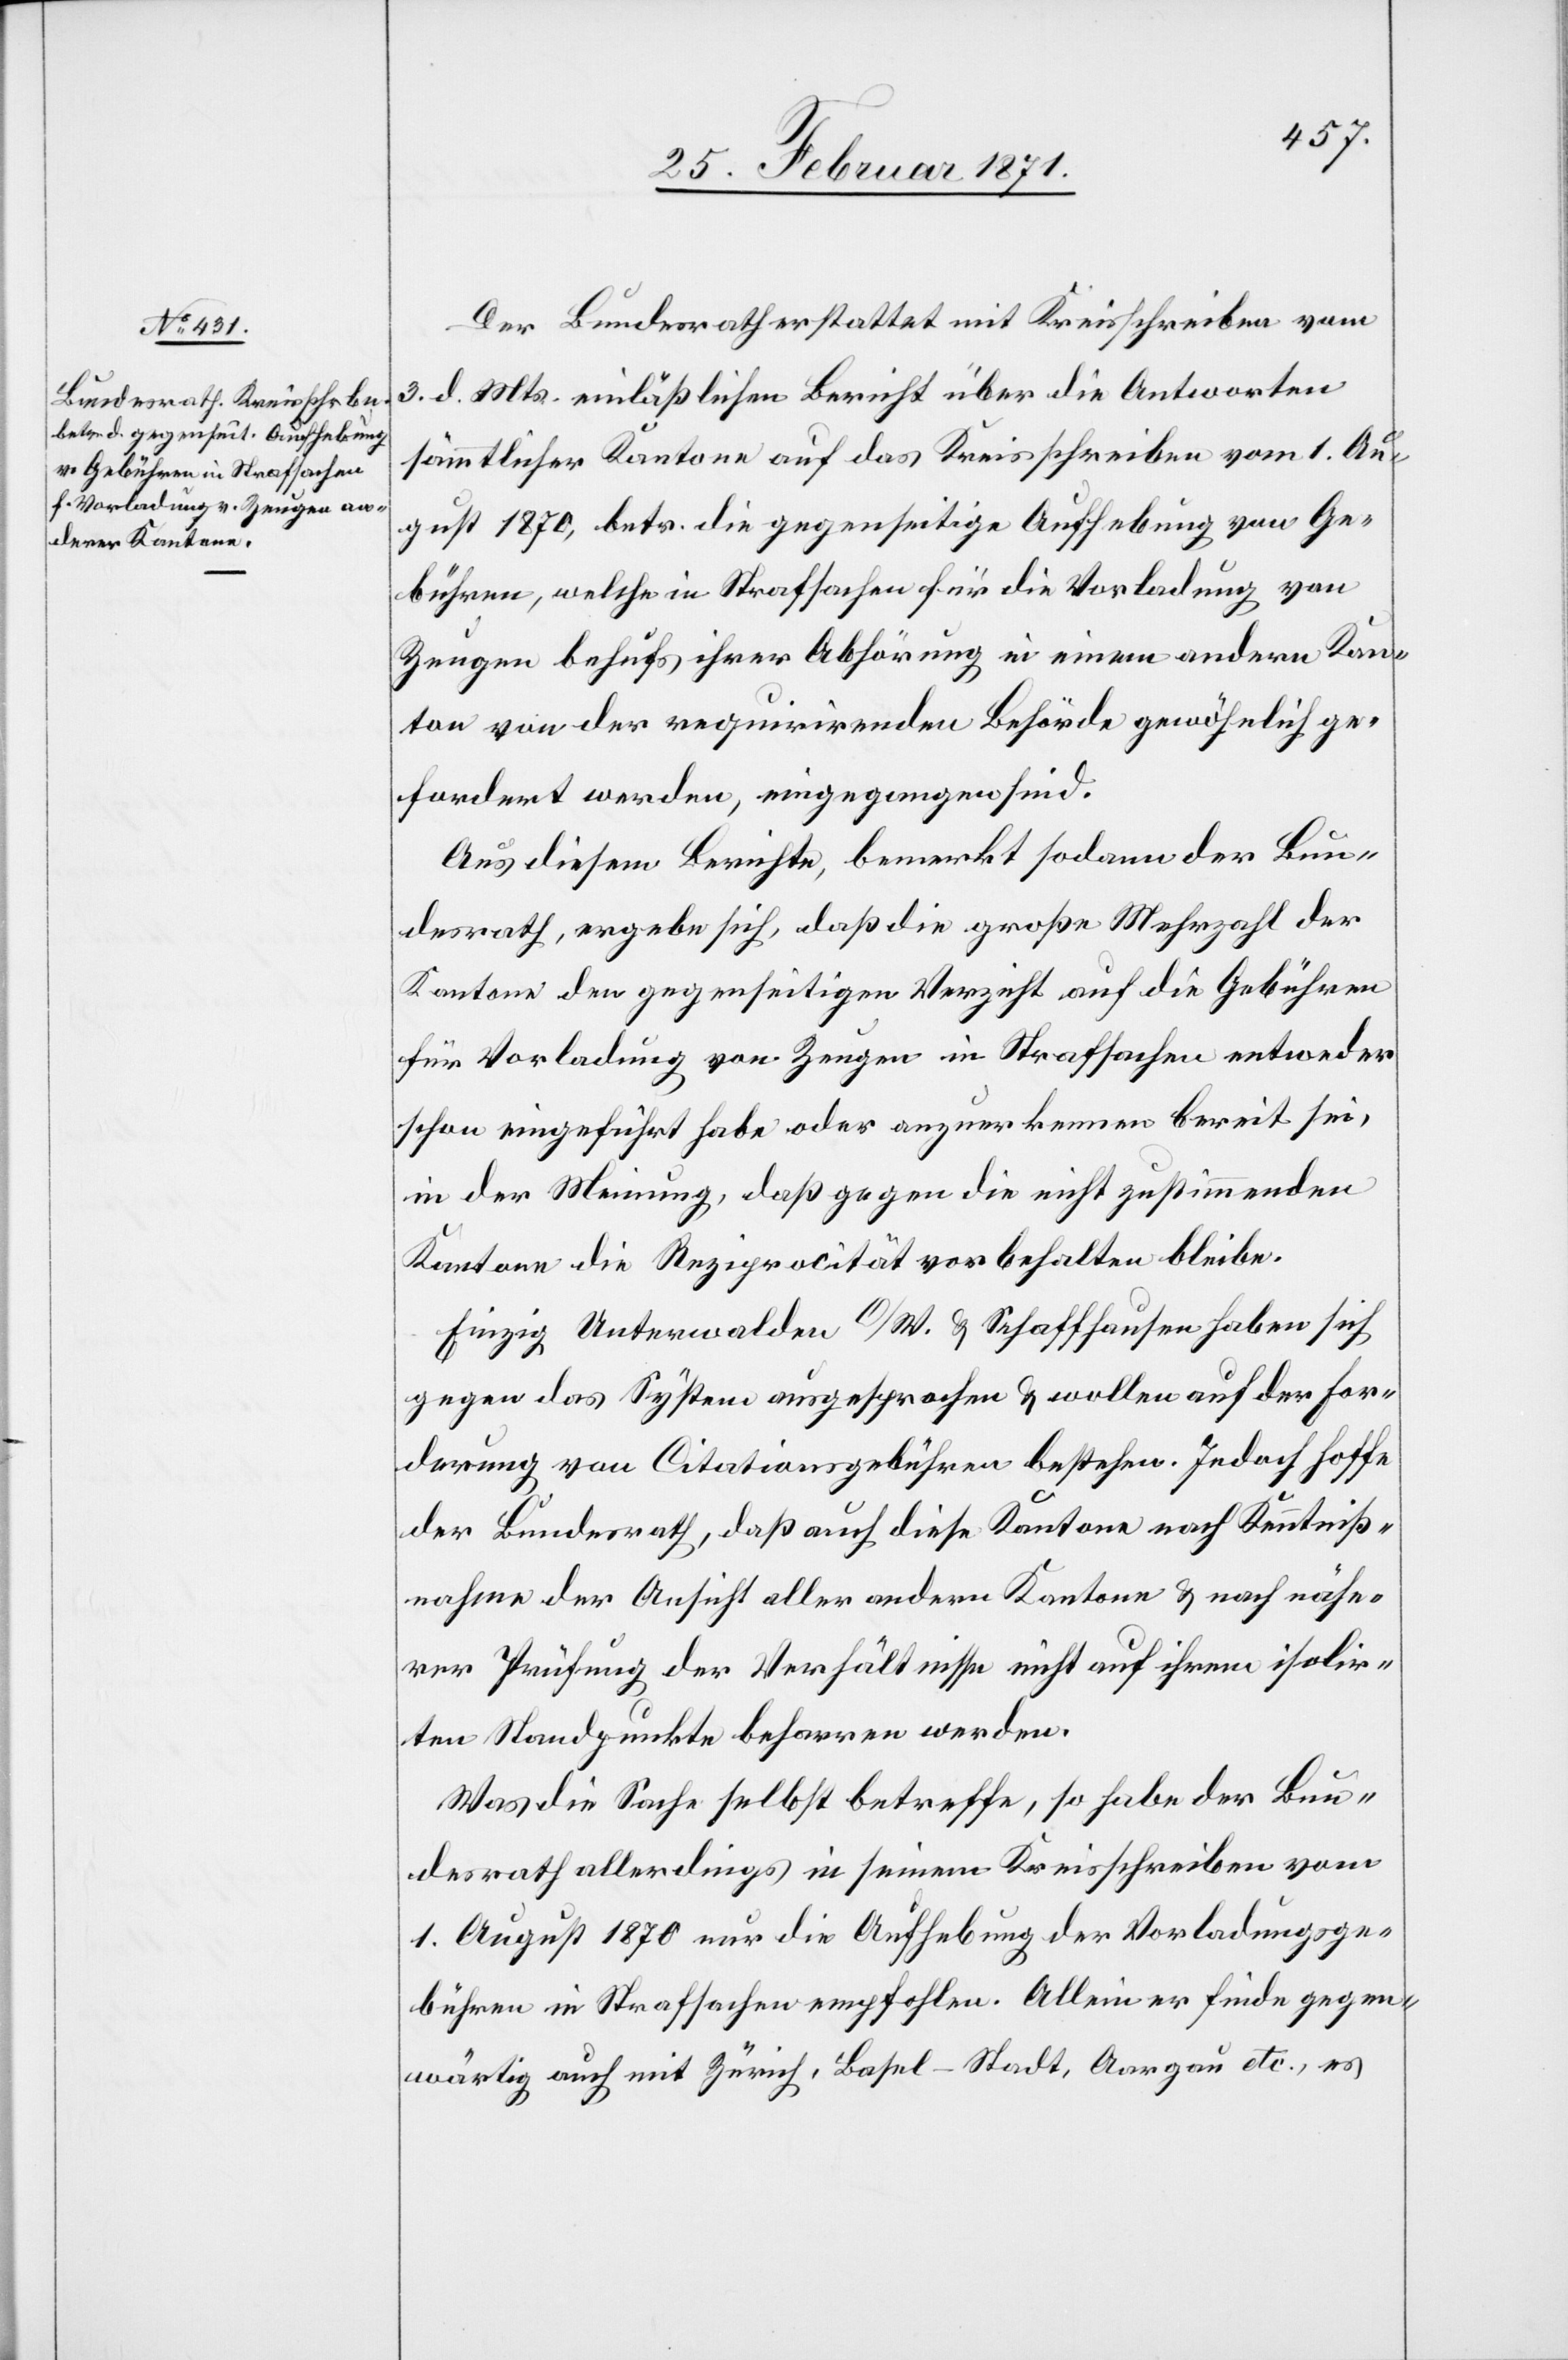
27. Februar 1871.]
Der Bundesrath erstattet mit Kreisschreiben vom
3. d. Mts. einläßlichen Bericht über die Antworten
sämmtlicher Kantone auf das Kreisschreiben vom 1. Au¬
gust 1870, betr. die gegenseitige Aufhebung von Ge¬
bühren, welche in Strafsachen für die Vorladung von
Zeugen behufs ihrer Abhörung in einem andern Kan¬
ton von der requirirenden Behörde gewöhnlich ge¬
fordert werden, eingegangen sind.
Aus diesem Berichte, bemerkt sodann der Bun¬
desrath, ergebe sich, daß die große Mehrzahl der
Kantone den gegenseitigen Verzicht auf die Gebühren
für Vorladung von Zeugen in Strafsachen entweder
schon eingeführt haben oder anzuerkennen bereit sei,
in der Meinung, daß gegen die nicht zustimmenden
Kantone die Reziprocität vorbehalten bleibe.
Einzig Unterwalden O/W. u. Schaffhausen haben sich
gegen das System ausgesprochen u. wollen auf der For¬
derung von Citationsgebühren bestehen. Jedoch hoffe
der Bundesrath, daß auch diese Kantone nach Kenntniß¬
nahme der Ansicht aller andern Kantone u. nach nähe¬
rer Prüfung der Verhältnisse nicht auf ihrem isolir¬
ten Standpunkte beharren werden.
Was die Sache selbst betreffe, so habe der Bun¬
desrath allerdings in seinem Kreisschreiben vom
1. August 1870 nur die Aufhebung der Vorladungsge¬
bühren in Strafsachen empfohlen. Allein er finde gegen¬
wärtig auch mit Zürich, Basel-Stadt, Aargau etc., es